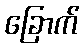
ခြောက်